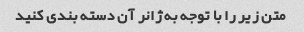
متن زیر را با توجه به ژانر آن دسته بندی کنید